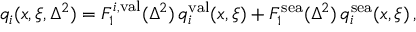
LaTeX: q _ { i } ( x , \xi , \Delta ^ { 2 } ) = F _ { 1 } ^ { i , \mathrm { v a l } } ( \Delta ^ { 2 } ) \, q _ { i } ^ { \mathrm { v a l } } ( x , \xi ) + F _ { 1 } ^ { \mathrm { s e a } } ( \Delta ^ { 2 } ) \, q _ { i } ^ { \mathrm { s e a } } ( x , \xi ) \, ,